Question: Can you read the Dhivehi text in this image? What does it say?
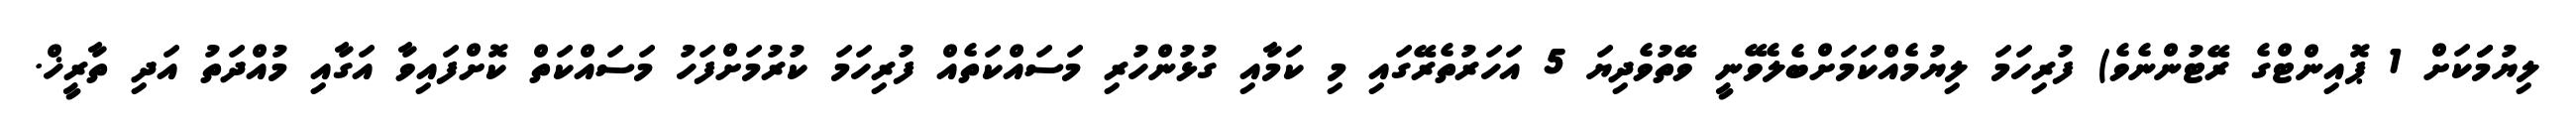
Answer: ލިޔުމަަކަށް 1 ޕޮއިންޓްގެ ރޭޓުންނެވެ) ފުރިހަމަ ލިޔުމެއްކަމަށްބެލެވޭނީ ވޭތުވެދިޔަ 5 އަހަރުތެރޭގައި މި ކަމާއި ގުޅުންހުރި މަސައްކަތެއް ފުރިހަމަ ކުރުމަށްފަހު މަސައްކަތް ކޮށްފައިވާ އަގާއި މުއްދަތު އަދި ތާރީޚް.